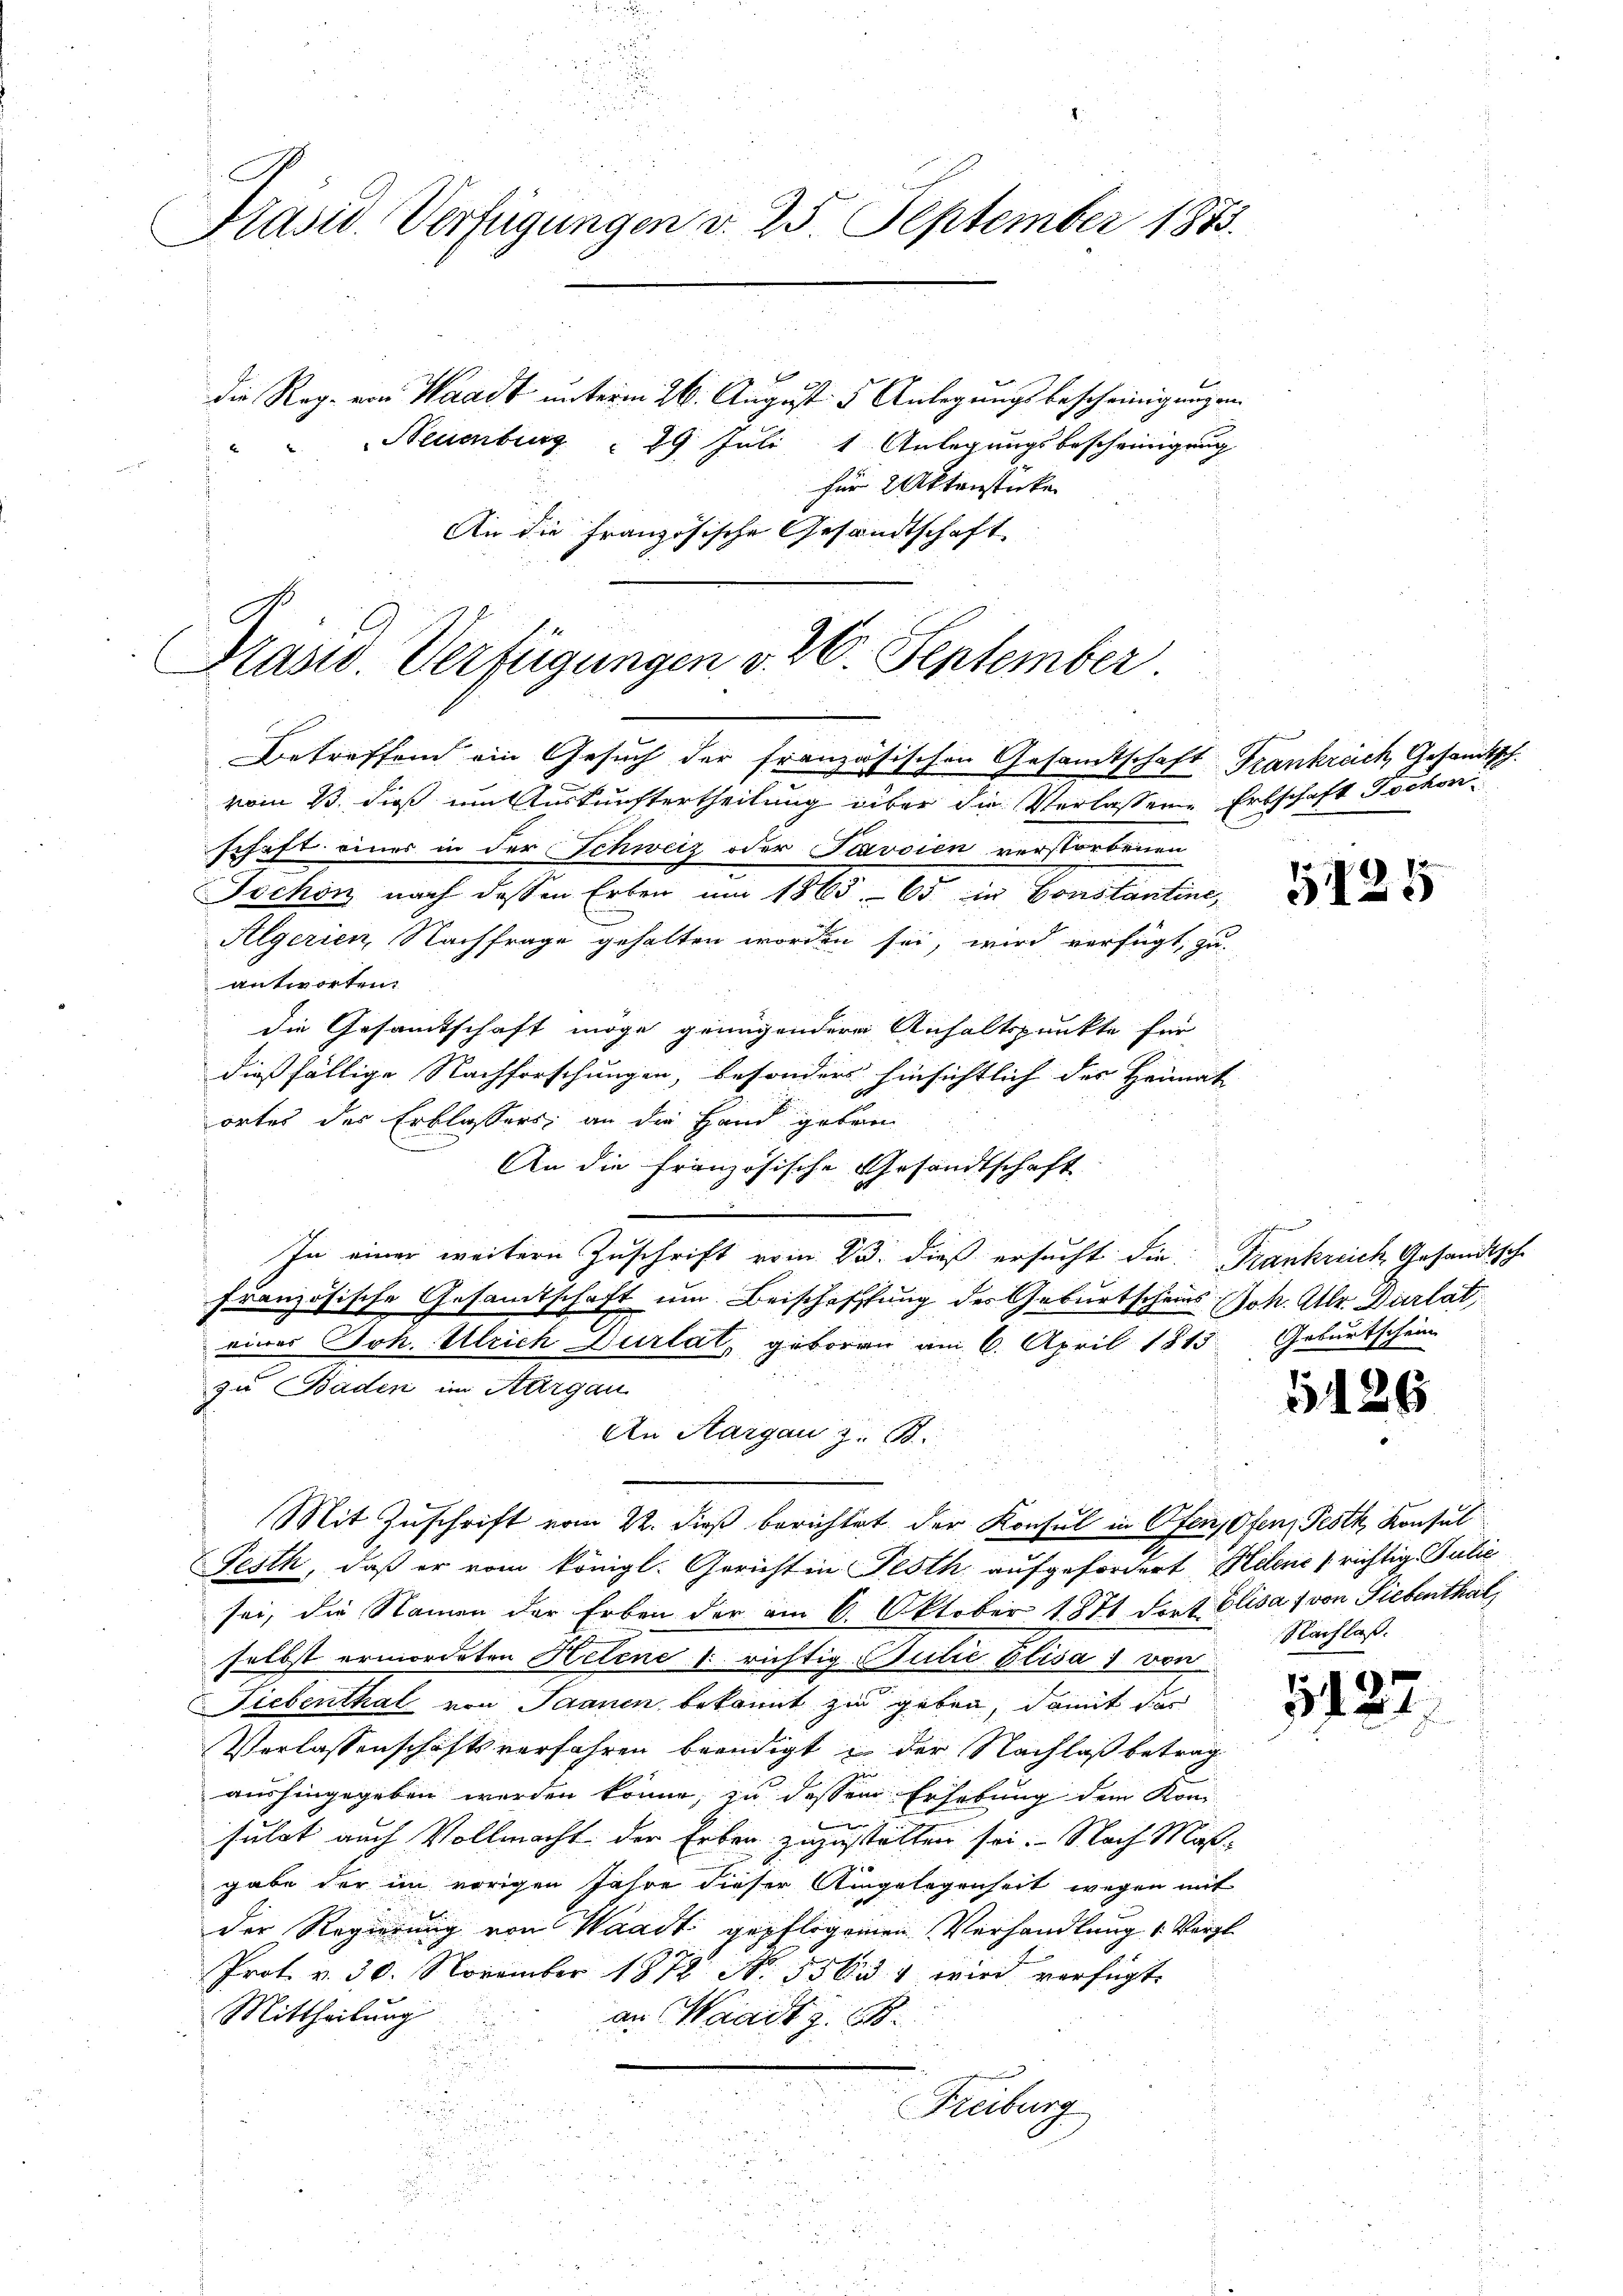
Präsid. Verfügungen d. 25 September 1873.
die Reg. von Waadt unterm 26. August 5 Anlegungsbescheinigung an
Neuenburg  29 Juli 1. Anlegungsbescheinigung
für 2 Aktenstücken

Präsid. Verfügungen v. 26. September.
Betreffend ein Gesuch der französischen Gesamtschaft Frankrech Gesandtsch.
vom 13. dieß um Auskunftertheilung über die Verlassene Erbschaft Tochon

An die französische Gesandtschaft

schaft eines in der Schweiz oder Savsien verstorbenen
Tschon nach dessen Erben um 1865. 65 in Constantine,
Algerien, Nachfrage gehalten worden sei, wird verfügt, zu
antworten:
die Gesamtschaft möge genügendere Anhaltspunkte für
dießfällige Nachforschungen, besonders hinsichtlich des Heimat
ortet der Erblassers, an die Hand geben
An die französische Gesandtschaft
In einer weitere Zuschrift vom 23. dieß ersucht die Frankreich Gesandtsche
französische Gesamtschaft um Beischaffung des Geburtscheins Joh. Ulr. Durlat,
eies Joh. Ulrich Durlat, geboren am 6. April 1813. Geburtschein
zu Baden im Aargau
An Aargau z. B.
Mit Zuschrift vom 22. dieß berichtet der Konsul in Ofensten, Pesth Konsul
Festh, daß er vom königl. Gericht in Festh, aufgefordert Helene richtig. Julie
sei, die Namen der Erben der am 6. Oktober 1871 Frat Elisa 7 von Siebenthal
selbst ermordeten Helene richtig Butte Elisau von
Liebenthal von Saanen bekannt zu geben, damit der
Verlassenschaftsverfahren beendigt u der Nachlaß betrag
aushingegeben werden könne, zu dessen Erhebung dem Kon¬

sulat auch Vollmacht der Erben zuzustellen sei. Nach Maß-
gabe der im vorigen Jahre dieser Angelegenheit wegen mit
der Regierung von Waadt gepflogenen Verhandlung 1. Vergl.
Prot. v. 30. November 1872 No 55 ka 1 wird verfügt
Mittheilung
an Waadt z. B.
Freiburg

12
319

5126

.
Nachlaß.

3127